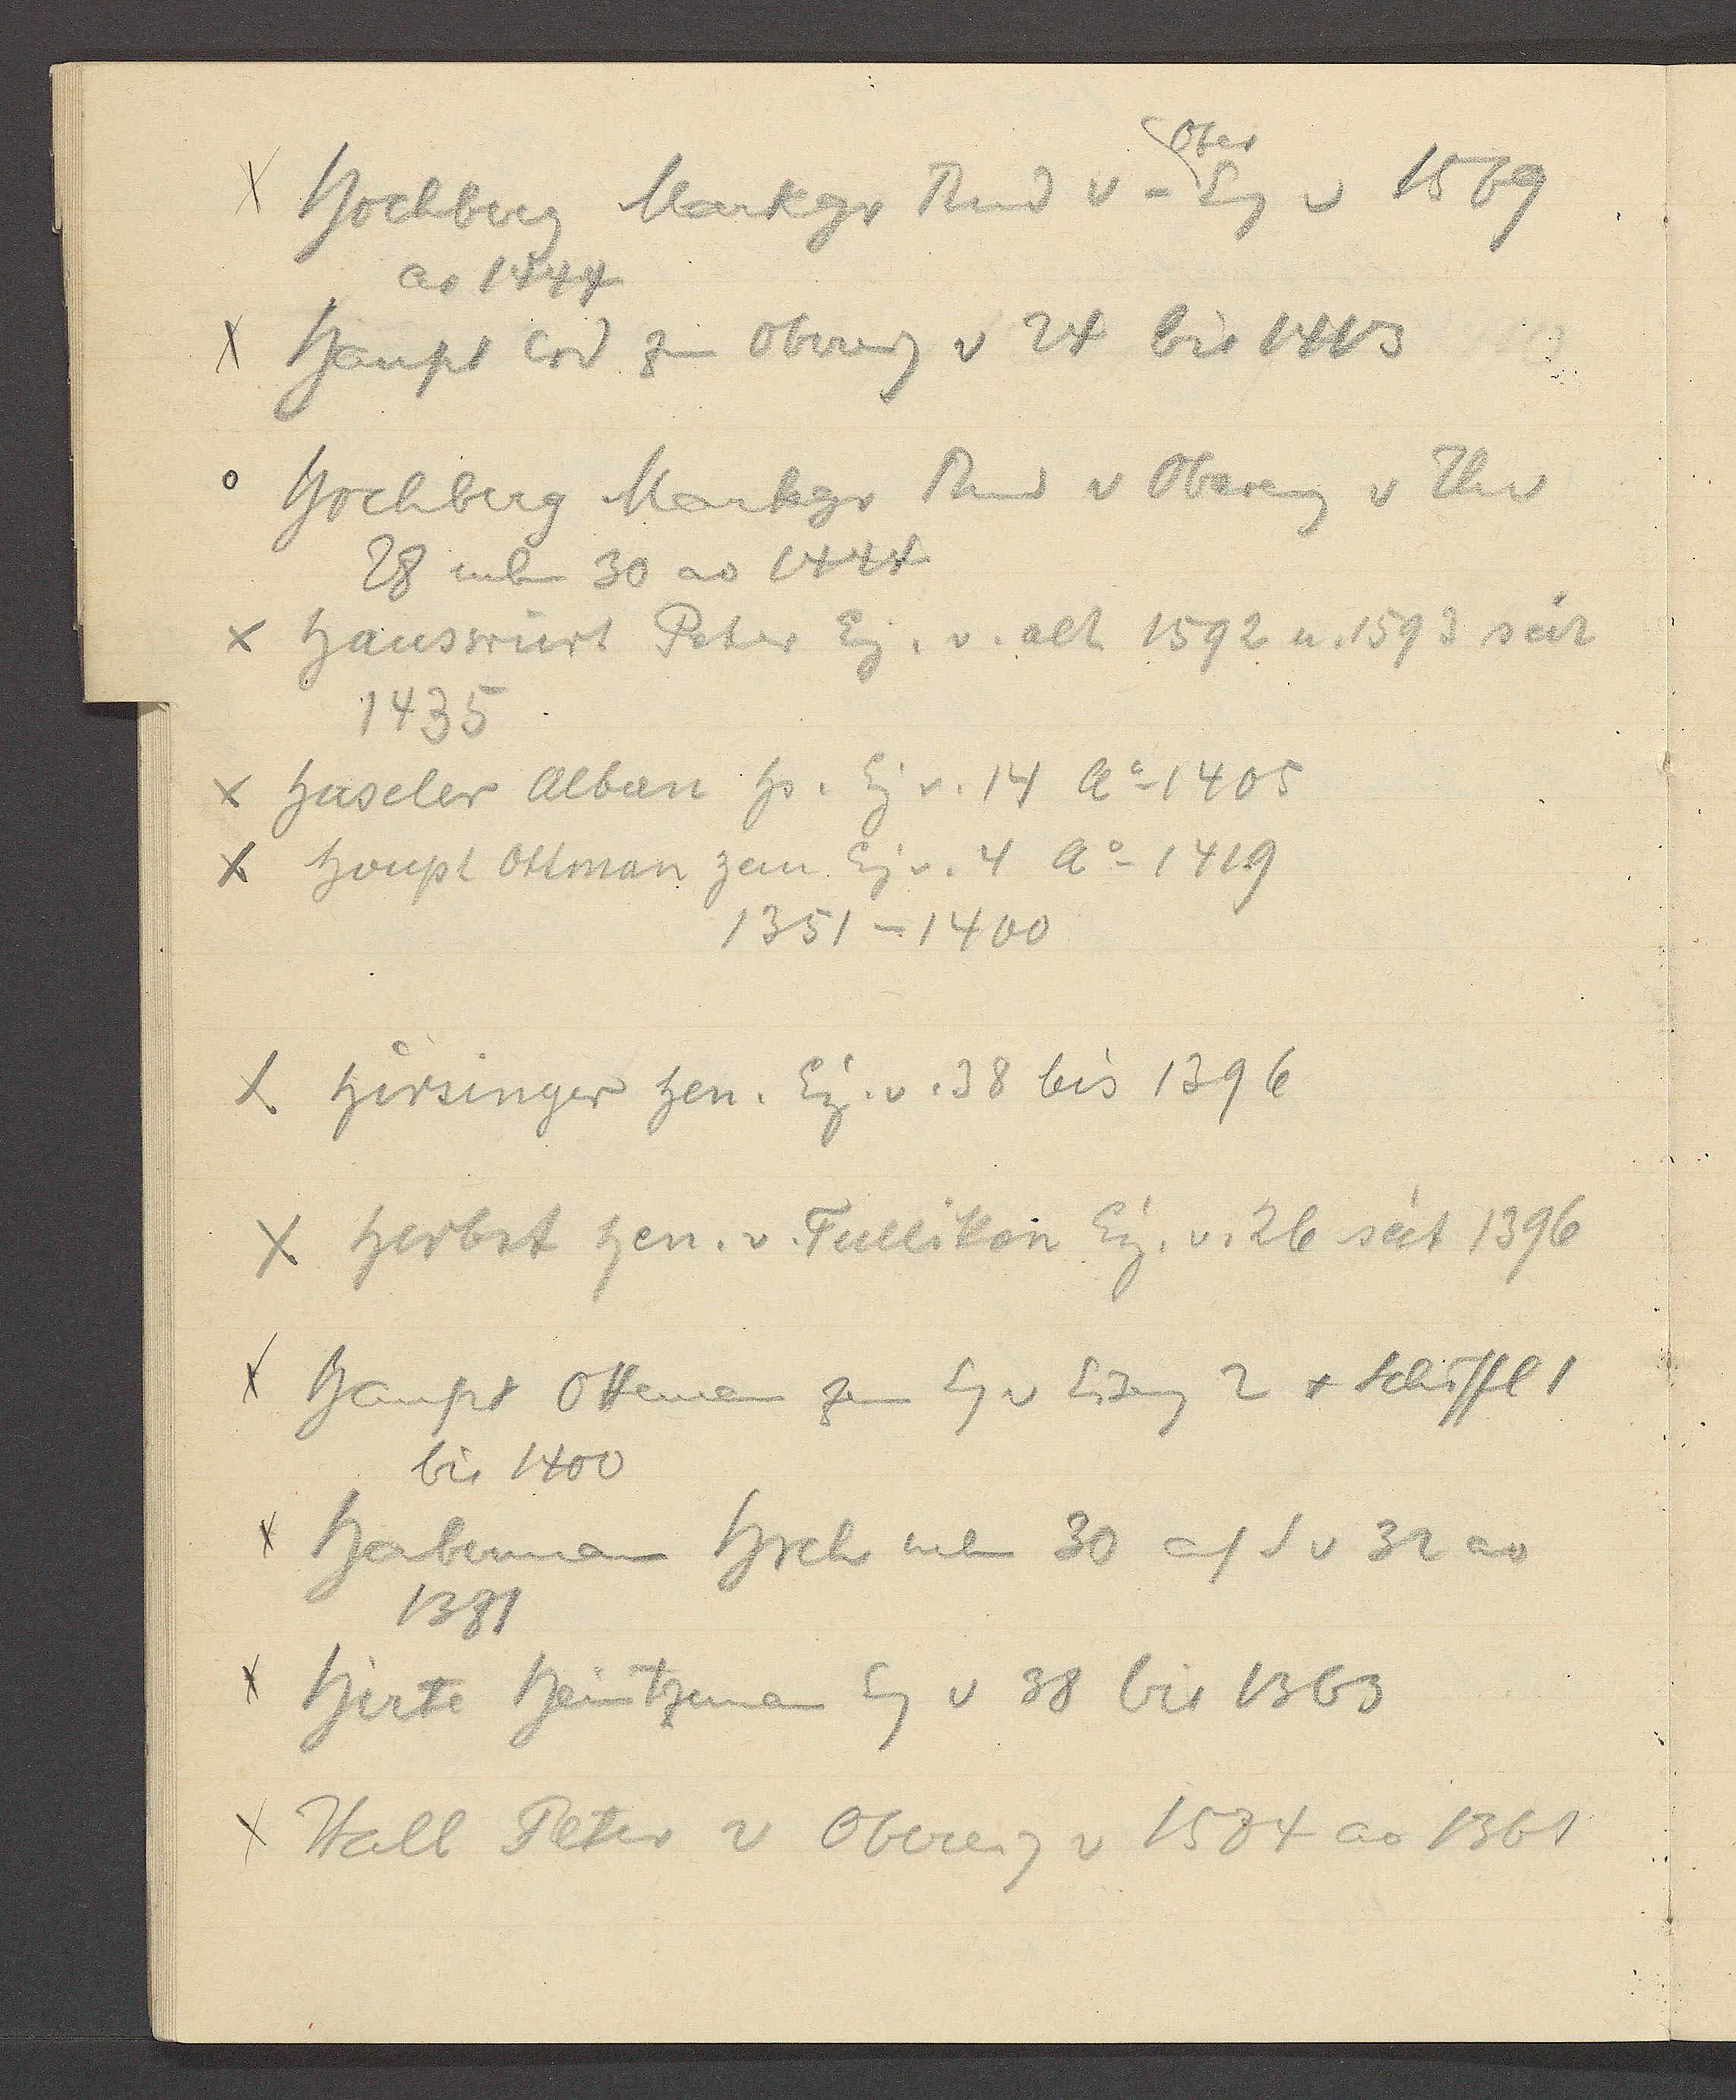
Transcript:
Ober
Hochberg Markgr Rud v - Eg v 1569
ao 1444
Haupt Crd zum Obereig v 24 bis 1413
Hochberg Markgr Rud v Obereig v Th v
28 neben 30 ao 1444
Hauswürt Peter Eig. v. alt 1592 u 1593 seit
1435
Haseler Alban Hs. Eig v. 14 Ao 1405
Houpt Ottman zem Eig v. 4 Ao 1419
1351 – 1400
Hirsinger Hen. Eig. v. 38 bis 1396
Herbst Hen. v. Tullikon Eig. v. 26 seit 1396
Haupt Ottman zem Eg v Eiseng 2 + Schiffl 1
bis 1400
BHaberman Hrch neben 30 auf S v 32 ao
1381
Hirte Heintzman Eg v 38 bis 1363
Hall Peter v Obereig v 1584 ao 1361